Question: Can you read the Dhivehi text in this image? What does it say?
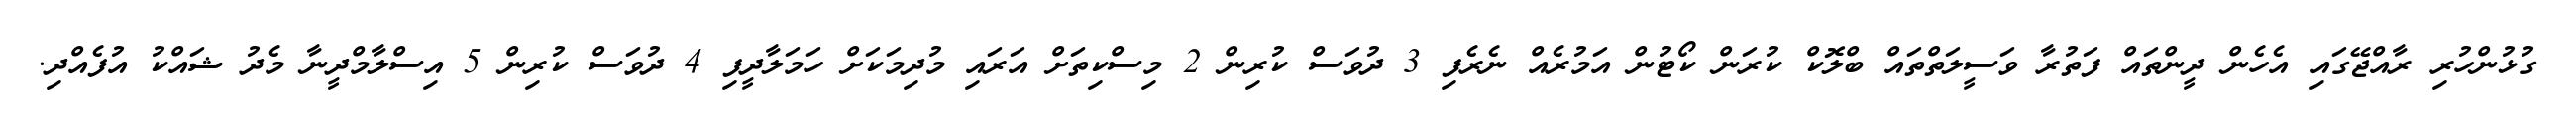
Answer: ގުޅުންހުރި ރާއްޖޭގައި އެހެން ދީންތައް ފަތުރާ ވަސީލަތްތައް ބްލޮކް ކުރަން ކޯޓުން އަމުރެއް ނެރެފި 3 ދުވަސް ކުރިން 2 މިސްކިތަށް އަރައި މުދިމަކަށް ހަމަލާދީފި 4 ދުވަސް ކުރިން 5 އިސްލާމްދީނާ މެދު ޝައްކު އުފެއްދި.